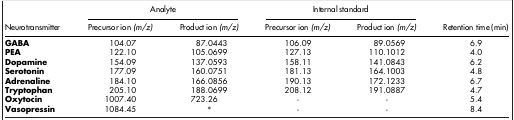
<table><thead><tr><td><b> </b></td><td colspan="2"><b>Analyte</b></td><td colspan="2"><b>Internal standard</b></td><td><b> </b></td></tr><tr><td><b>Neurotransmitter</b></td><td><b>Precursor ion <i>(m/z)</i></b></td><td><b>Product ion <i>(m/z)</i></b></td><td><b>Precursor ion <i>(m/z)</i></b></td><td><b>Product ion <i>(m/z)</i></b></td><td><b>Retention time (min)</b></td></tr></thead><tbody><tr><td><b>GABA</b></td><td>104.07</td><td>87.0443</td><td>106.09</td><td>89.0569</td><td>6.9</td></tr><tr><td><b>PEA</b></td><td>122.10</td><td>105.0699</td><td>127.13</td><td>110.1012</td><td>4.0</td></tr><tr><td><b>Dopamine</b></td><td>154.09</td><td>137.0593</td><td>158.11</td><td>141.0843</td><td>6.2</td></tr><tr><td><b>Serotonin</b></td><td>177.09</td><td>160.0751</td><td>181.13</td><td>164.1003</td><td>4.8</td></tr><tr><td><b>Adrenaline</b></td><td>184.10</td><td>166.0856</td><td>190.13</td><td>172.1233</td><td>6.7</td></tr><tr><td><b>Tryptophan</b></td><td>205.10</td><td>188.0699</td><td>208.12</td><td>191.0887</td><td>4.7</td></tr><tr><td><b>Oxytocin</b></td><td>1007.40</td><td>723.26</td><td>-</td><td>-</td><td>5.4</td></tr><tr><td><b>Vasopressin</b></td><td>1084.45</td><td>*</td><td>-</td><td>-</td><td>8.4</td></tr></tbody></table>